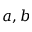
a , b